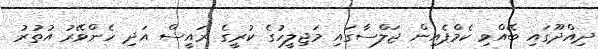
ދިއްދޫގައި ބޭއްވި ކެމްޕެއިން ޖަލްސާގައި މަޖިލީހުގެ ކުރީގެ ރައީސް އަދި ހެންވޭރު އުތުރު